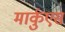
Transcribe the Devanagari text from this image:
मार्कुएस